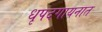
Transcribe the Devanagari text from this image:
धृपदगायनात